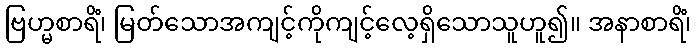
ဗြဟ္မစာရိံ၊ မြတ်သောအကျင့်ကိုကျင့်လေ့ရှိသောသူဟူ၍။ အနာစာရိံ၊